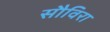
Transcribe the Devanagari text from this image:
सौविरा